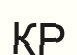
ҚР